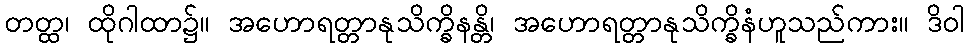
တတ္ထ၊ ထိုဂါထာ၌။ အဟောရတ္တာနုသိက္ခိနန္တိ၊ အဟောရတ္တာနုသိက္ခိနံဟူသည်ကား။ ဒိဝါ